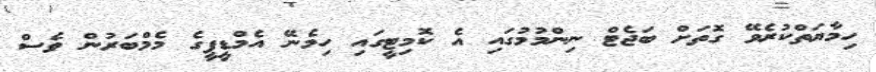
ހިމާޔަތްކުރެވޭ ގޮތަށް ބަޖެޓް ނިންމުމުގައި އެ ކޮމިޓީގައި ހިމެނޭ އެމްޑީޕީގެ މެމްބަރުން ވެސް